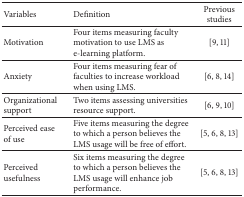
<table><thead><tr><td><b>Variables</b></td><td><b>Definition</b></td><td><b>Previous studies</b></td></tr></thead><tbody><tr><td>Motivation</td><td>Four items measuring faculty motivation to use LMS as e-learning platform. </td><td>[9, 11]</td></tr><tr><td>Anxiety</td><td>Four items measuring fear of faculties to increase workload when using LMS. </td><td>[6, 8, 14]</td></tr><tr><td>Organizational support</td><td>Two items assessing universities resource support.</td><td>[6, 9, 10]</td></tr><tr><td>Perceived ease of use</td><td>Five items measuring the degree to which a person believes the LMS usage will be free of effort.</td><td>[5, 6, 8, 13]</td></tr><tr><td>Perceived usefulness</td><td>Six items measuring the degree to which a person believes the LMS usage will enhance job performance.</td><td>[5, 6, 8, 13]</td></tr></tbody></table>